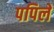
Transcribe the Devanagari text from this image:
पपिले